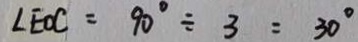
\angle E O C = 9 0 ^ { \circ } \div 3 = 3 0 ^ { \circ }